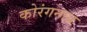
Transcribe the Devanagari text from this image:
कोरंगनाथ